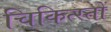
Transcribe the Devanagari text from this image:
चिकित्स्तों